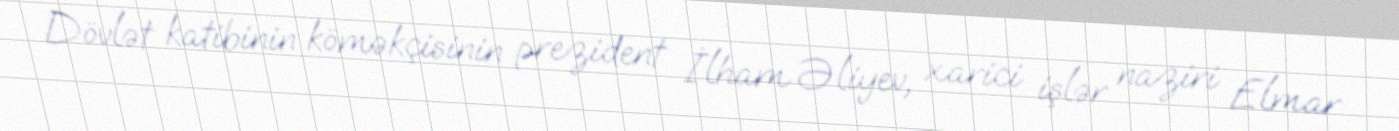
Dövlət katibinin köməkçisinin prezident İlham Əliyev, xarici işlər naziri Elmar